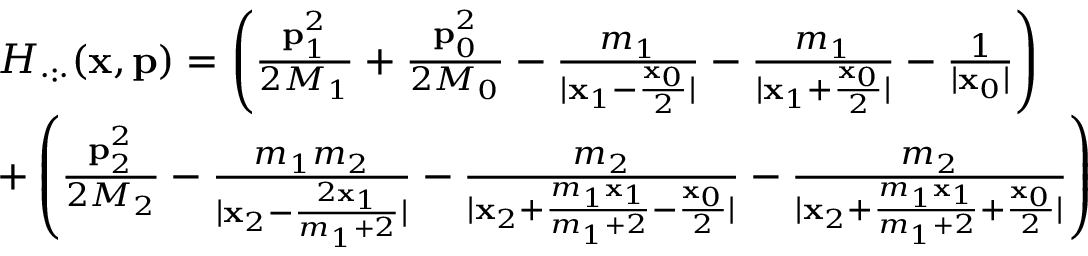
\begin{array} { r l } & { H _ { \cdot : \cdot } ( \mathbf { x } , \mathbf { p } ) = \left( \frac { \mathbf { p } _ { 1 } ^ { 2 } } { 2 M _ { 1 } } + \frac { \mathbf { p } _ { 0 } ^ { 2 } } { 2 M _ { 0 } } - \frac { m _ { 1 } } { | \mathbf { x } _ { 1 } - \frac { \mathbf { x } _ { 0 } } { 2 } | } - \frac { m _ { 1 } } { | \mathbf { x } _ { 1 } + \frac { \mathbf { x } _ { 0 } } { 2 } | } - \frac { 1 } { | \mathbf { x } _ { 0 } | } \right) } \\ & { + \left( \frac { \mathbf { p } _ { 2 } ^ { 2 } } { 2 M _ { 2 } } - \frac { m _ { 1 } m _ { 2 } } { | \mathbf { x } _ { 2 } - \frac { 2 \mathbf { x } _ { 1 } } { m _ { 1 } + 2 } | } - \frac { m _ { 2 } } { | \mathbf { x } _ { 2 } + \frac { m _ { 1 } \mathbf { x } _ { 1 } } { m _ { 1 } + 2 } - \frac { \mathbf { x } _ { 0 } } { 2 } | } - \frac { m _ { 2 } } { | \mathbf { x } _ { 2 } + \frac { m _ { 1 } \mathbf { x } _ { 1 } } { m _ { 1 } + 2 } + \frac { \mathbf { x } _ { 0 } } { 2 } | } \right) } \end{array}